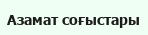
Азамат соғыстары